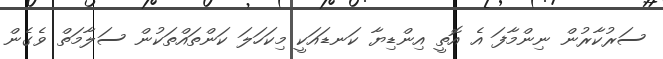
ސަރުކާރުން ނިންމާފަ އެ އޮތީ އިންޑިޔާ ކަނޑައަކީ މިކަހަލަ ކަންތައްތަކުން ސަލާމަތް ވެގެން